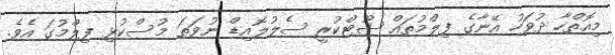
މިއޮތްހާ ދުވަހު އޭނާގެ ފިލްމުތައް ޝޫޓްކުރީ ސެލުލޮއިޑް ނުވަތަ މުސްކުޅި ފިލްމުގަ އެވެ.